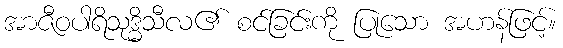
အာဇီဝပါရိသုဒ္ဓိသီလ၏ စင်ခြင်းကို ပြုသော အဟန်ဖြင့်။